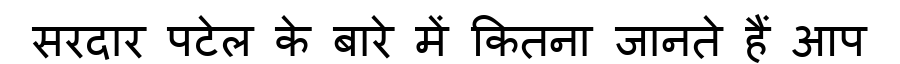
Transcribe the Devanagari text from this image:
सरदार पटेल के बारे में कितना जानते हैं आप